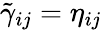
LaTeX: \tilde{\gamma}_{ij}=\eta_{ij}